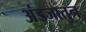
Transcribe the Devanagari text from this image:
अंडजातुन